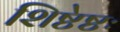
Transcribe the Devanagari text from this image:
शिष्टेष्टः